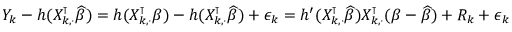
\small \begin{array} { r } { Y _ { k } - h ( X _ { k , \cdot } ^ { \intercal } \widehat { \beta } ) = h ( X _ { k , \cdot } ^ { \intercal } \beta ) - h ( X _ { k , \cdot } ^ { \intercal } \widehat { \beta } ) + \epsilon _ { k } = h ^ { \prime } ( X _ { k , \cdot } ^ { \intercal } \widehat { \beta } ) X _ { k , \cdot } ^ { \intercal } ( \beta - \widehat { \beta } ) + R _ { k } + \epsilon _ { k } } \end{array}